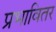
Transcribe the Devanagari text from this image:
प्रभावितर